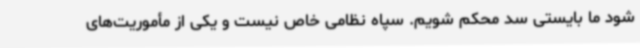
شود ما بایستی سد محکم شویم. سپاه نظامی خاص نیست و یکی از مأموریت‌های